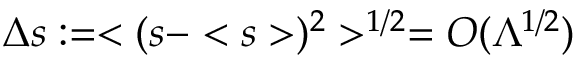
\Delta s : = < ( s - < s > ) ^ { 2 } > ^ { 1 / 2 } = { \cal O } ( \Lambda ^ { 1 / 2 } )